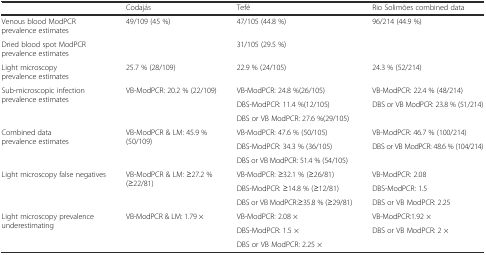
|  | Codajás | Tefé | Rio Solimões combined data |
 | --- | --- | --- | --- |
 | Venous blood ModPCR prevalence estimates | 49/109 (45 %) | 47/105 (44.8 %) | 96/214 (44.9 %) |
 | Dried blood spot ModPCR prevalence estimates |  | 31/105 (29.5 %) |  |
 | Light microscopy prevalence estimates | 25.7 % (28/109) | 22.9 % (24/105) | 24.3 % (52/214) |
 | <ROWSPAN=3> Sub-microscopic infection prevalence estimates | <ROWSPAN=3> VB-ModPCR: 20.2 % (22/109) | VB-ModPCR: 24.8 %(26/105) | VB-ModPCR: 22.4 % (48/214) |
 | DBS-ModPCR: 11.4 %(12/105) | <ROWSPAN=2> DBS or VB ModPCR: 23.8 % (51/214) |
 | DBS or VB ModPCR: 27.6 %(29/105) |
 | <ROWSPAN=3> Combined data prevalence estimates | <ROWSPAN=3> VB-ModPCR & LM: 45.9 % (50/109) | VB-ModPCR: 47.6 % (50/105) | VB-ModPCR: 46.7 % (100/214) |
 | DBS-ModPCR: 34.3 % (36/105) | <ROWSPAN=2> DBS or VB ModPCR: 48.6 % (104/214) |
 | DBS or VB ModPCR: 51.4 % (54/105) |
 | <ROWSPAN=3> Light microscopy false negatives | <ROWSPAN=3> VB-ModPCR & LM: ≥27.2 % (≥22/81) | VB-ModPCR: ≥32.1 % (≥26/81) | VB-ModPCR: 2.08 |
 | DBS-ModPCR: ≥14.8 % (≥12/81) | DBS-ModPCR: 1.5 |
 | DBS or VB ModPCR:≥35.8 % (≥29/81) | DBS or VB ModPCR: 2.25 |
 | <ROWSPAN=3> Light microscopy prevalence underestimating | <ROWSPAN=3> VB-ModPCR & LM: 1.79 × | VB-ModPCR: 2.08 × | VB-ModPCR:1.92 × |
 | DBS-ModPCR: 1.5 × | <ROWSPAN=2> DBS or VB ModPCR: 2 × |
 | DBS or VB ModPCR: 2.25 × |